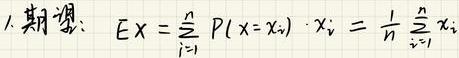
1. 期望：$EX = \sum_{i = 1}^{n} P(x = x_i) \cdot x_i = \frac{1}{n} \sum_{i = 1}^{n} x_i$